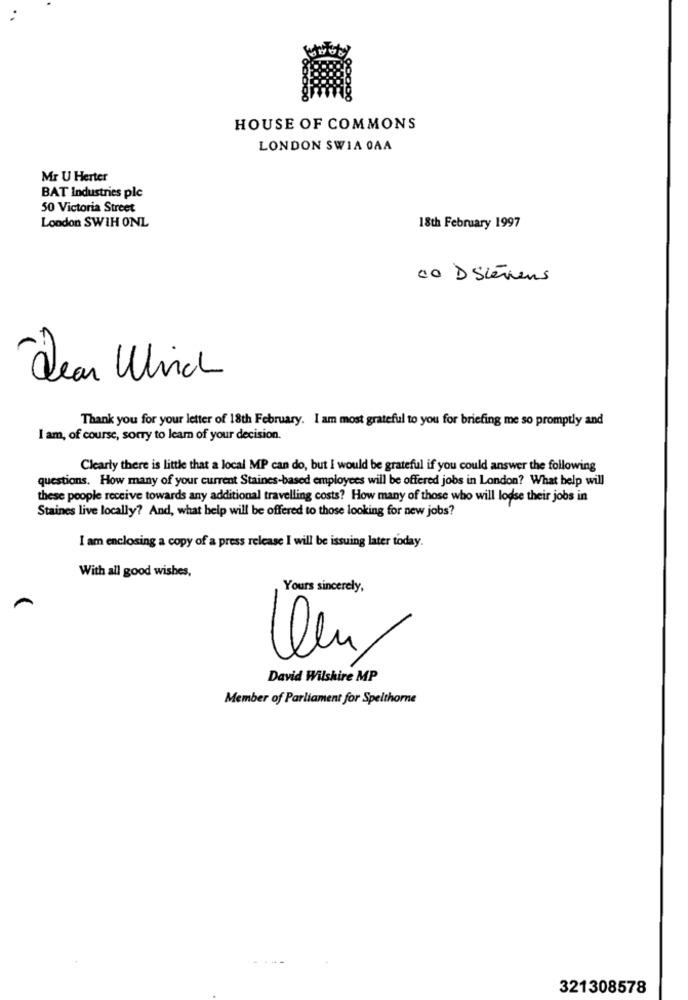
HOUSE OF COMMONS
LONDON SWIA OAA
Mr U Herter
BAT Industries plc
50 Victoria Street
London SWIH ONL
18th February 1997
co D Siemens
Dear Which
Thank you for your letter of 18th February. I am most grateful to you for briefing me so promptly and
I am, of course, sorry to learn of your decision.
Clearly there is little that a local MP can do, but I would be grateful if you could answer the following
questions. How many of your current Staines-based employees will be offered jobs in London? What help will
these people receive towards any additional travelling costs? How many of those who will lodse their jobs in
Staines live locally? And, what help will be offered to those looking for new jobs?
I am enclosing a copy of a press release I will be issuing later today.
With all good wishes,
Yours sincerely,
David Wilshire MP
Member of Parliament for Spelthorne
321308578